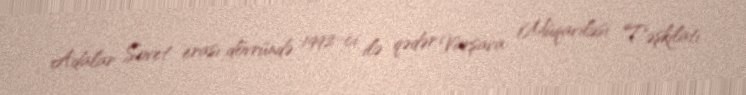
Adalar Sovet erası dövründə 1992-ci ilə qədər Varşava Müqaviləsi Təşkilatı